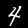
Digit: 4